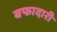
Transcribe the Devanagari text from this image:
बफादारी